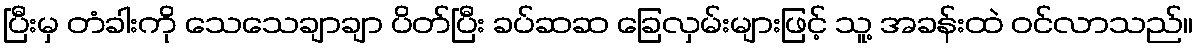
ပြီးမှ တံခါးကို သေသေချာချာ ပိတ်ပြီး ခပ်ဆဆ ခြေလှမ်းများဖြင့် သူ့ အခန်းထဲ ဝင်လာသည်။